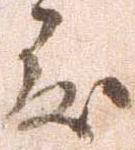
度